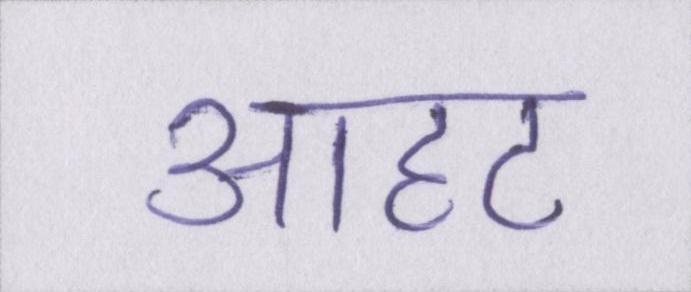
आहट